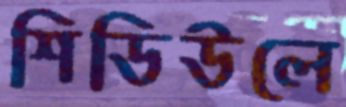
শিডিউলে